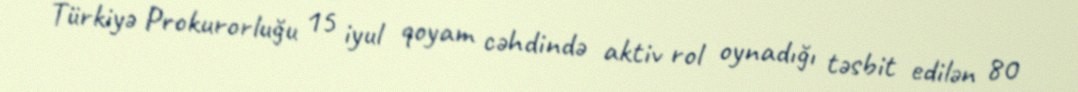
Türkiyə Prokurorluğu 15 iyul qoyam cəhdində aktiv rol oynadığı təsbit edilən 80